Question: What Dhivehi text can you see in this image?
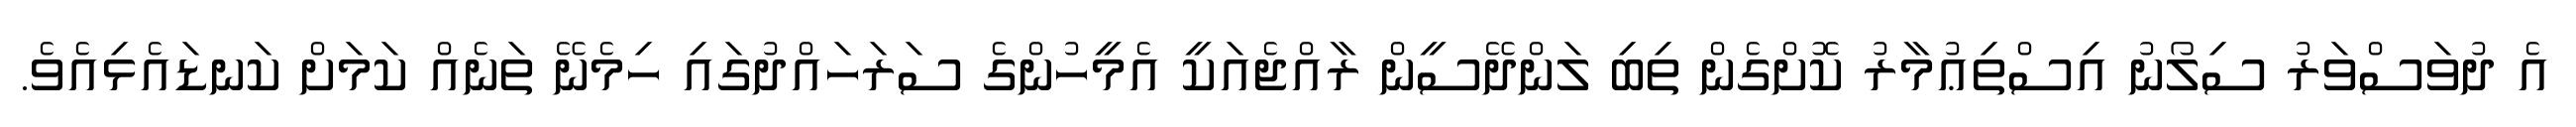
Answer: އެ ދުވަސްވަރު ސިލޯނު އިސްތިޢުމާރު ކޮށްގެން ތިބި ލަންދޭސީން ރާއްޖެއަކީ އެމީހުންގެ ސަރަހައްދުގައި ހިމެނޭ ތަނެއް ކަމަށް ކަނޑައެޅިއެވެ.